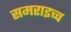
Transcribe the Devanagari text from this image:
समराइच्च